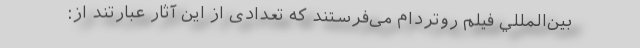
بين‌‌المللي فیلم روتردام می‌فرستند که تعدادی از این آثار عبارتند از: